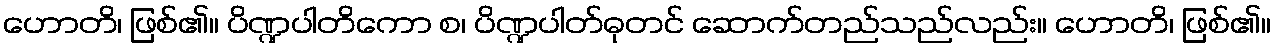
ဟောတိ၊ ဖြစ်၏။ ပိဏ္ဍပါတိကော စ၊ ပိဏ္ဍပါတ်ဓုတင် ဆောက်တည်သည်လည်း။ ဟောတိ၊ ဖြစ်၏။